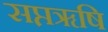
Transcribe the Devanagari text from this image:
सप्तॠषि